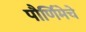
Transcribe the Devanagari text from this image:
पौर्णिमेचे